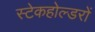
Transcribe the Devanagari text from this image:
स्टेकहोल्डरों